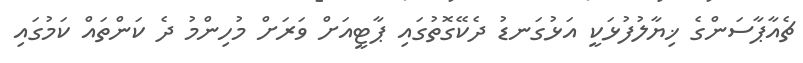
ޗެއާޕާސަންގެ ޚިޔާލުފުޅަކީ އަޅުގަނޑު ދެކޭގޮތުގައި ޕާޓީއަށް ވަރަށް މުހިންމު ދެ ކަންތައް ކަމުގައި